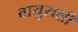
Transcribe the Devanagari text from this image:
वायुराशी